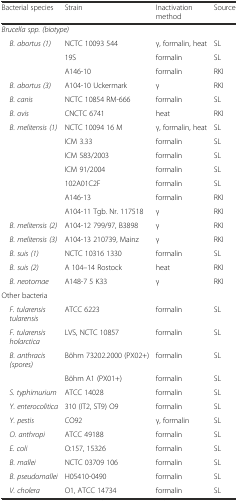
| Bacterial species | Strain | Inactivation method | Source |
 | --- | --- | --- | --- |
 | <COLSPAN=4> Brucella spp. (biotype) |
 | B. abortus (1) | NCTC 10093 544 | γ, formalin, heat | SL |
 |  | 19S | formalin | SL |
 |  | A146-10 | formalin | RKI |
 | B. abortus (3) | A104-10 Uckermark | γ | RKI |
 | B. canis | NCTC 10854 RM-666 | formalin | SL |
 | B. ovis | CNCTC 6741 | heat | RKI |
 | B. melitensis (1) | NCTC 10094 16 M | γ, formalin, heat | SL |
 |  | ICM 3.33 | formalin | SL |
 |  | ICM 583/2003 | formalin | SL |
 |  | ICM 91/2004 | formalin | SL |
 |  | 102A01C2F | formalin | SL |
 |  | A146-13 | formalin | RKI |
 |  | A104-11 Tgb. Nr. 117518 | γ | RKI |
 | B. melitensis (2) | A104-12 799/97, B3898 | γ | RKI |
 | B. melitensis (3) | A104-13 210739, Mainz | γ | RKI |
 | B. suis (1) | NCTC 10316 1330 | formalin | SL |
 | B. suis (2) | A 104–14 Rostock | heat | RKI |
 | B. neotomae | A148-7 5 K33 | γ | RKI |
 | <COLSPAN=4> Other bacteria |
 | F. tularensis tularensis | ATCC 6223 | formalin | SL |
 | F. tularensis holarctica | LVS, NCTC 10857 | formalin | SL |
 | B. anthracis (spores) | Böhm 73202.2000 (PX02+) | formalin | SL |
 |  | Böhm A1 (PX01+) | formalin | SL |
 | S. typhimurium | ATCC 14028 | formalin | SL |
 | Y. enterocolitica | 310 (IT2, ST9) O9 | formalin | SL |
 | Y. pestis | CO92 | γ, formalin | SL |
 | O. anthropi | ATCC 49188 | formalin | SL |
 | E. coli | O:157, 15326 | formalin | SL |
 | B. mallei | NCTC 03709 106 | formalin | SL |
 | B. pseudomallei | H05410-0490 | formalin | SL |
 | V. cholera | O1, ATCC 14734 | formalin | SL |